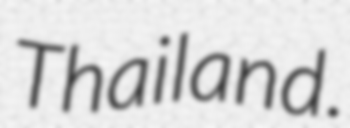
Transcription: Thailand.